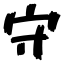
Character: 守